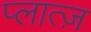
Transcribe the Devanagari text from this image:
प्लात्ज़